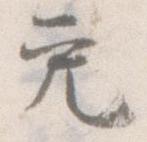
免